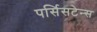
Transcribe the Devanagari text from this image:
पर्सिसटेन्स